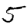
Digit: 5